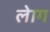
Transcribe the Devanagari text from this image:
लेाग